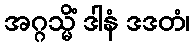
အဂ္ဂသ္မိံ ဒါနံ ဒဒတံ၊